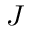
J